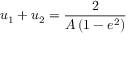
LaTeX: u _ { 1 } + u _ { 2 } = { \frac { 2 } { A \left( 1 - e ^ { 2 } \right) } }